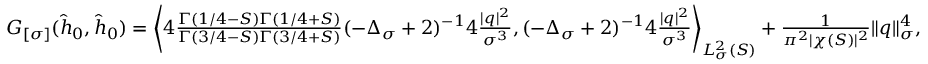
\begin{array} { r l } & { G _ { [ \sigma ] } ( \widehat { h } _ { 0 } , \widehat { h } _ { 0 } ) = \left\langle 4 \frac { \Gamma ( 1 / 4 - S ) \Gamma ( 1 / 4 + S ) } { \Gamma ( 3 / 4 - S ) \Gamma ( 3 / 4 + S ) } ( - \Delta _ { \sigma } + 2 ) ^ { - 1 } 4 \frac { | q | ^ { 2 } } { \sigma ^ { 3 } } , ( - \Delta _ { \sigma } + 2 ) ^ { - 1 } 4 \frac { | q | ^ { 2 } } { \sigma ^ { 3 } } \right\rangle _ { L _ { \sigma } ^ { 2 } ( S ) } + \frac { 1 } { \pi ^ { 2 } | \chi ( S ) | ^ { 2 } } \| q \| _ { \sigma } ^ { 4 } , } \end{array}